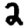
Digit: 2